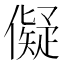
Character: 儗